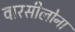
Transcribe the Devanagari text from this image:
वारसीलोना